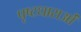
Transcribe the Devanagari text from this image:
पृष्टधाराओं